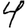
Digit: 4